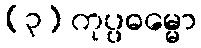
(၃) ကုပ္ပဓမ္မော